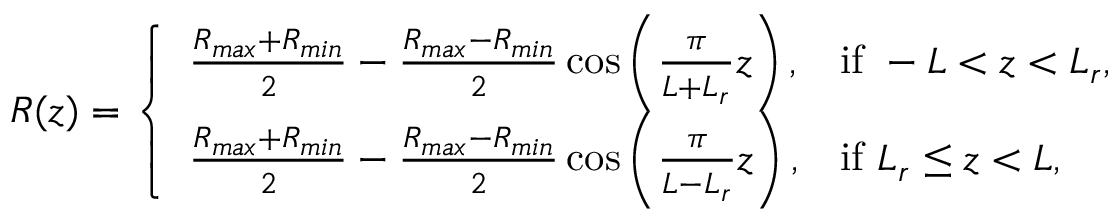
R ( z ) = \left\{ \begin{array} { l l } { \frac { R _ { m a x } + R _ { m i n } } { 2 } - \frac { R _ { m a x } - R _ { m i n } } { 2 } \cos \left( \frac { \pi } { L + L _ { r } } z \right) , } & { \mathrm { i f } \ - L < z < L _ { r } , } \\ { \frac { R _ { m a x } + R _ { m i n } } { 2 } - \frac { R _ { m a x } - R _ { m i n } } { 2 } \cos \left( \frac { \pi } { L - L _ { r } } z \right) , } & { \mathrm { i f } \ L _ { r } \leq z < L , } \end{array} \right.